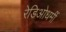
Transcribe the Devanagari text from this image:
रेडिओधर्मी